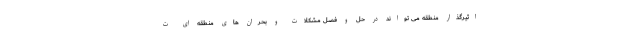
اثیرگذار منطقه می تواند در حل و فصل مشکلات و بحران های منطقه ای ت